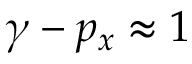
\gamma - p _ { x } \approx 1